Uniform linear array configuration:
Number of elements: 8
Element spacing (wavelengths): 0.5
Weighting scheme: exponential
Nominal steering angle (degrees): -60
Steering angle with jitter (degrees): -60.345
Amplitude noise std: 0.05
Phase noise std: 0.05

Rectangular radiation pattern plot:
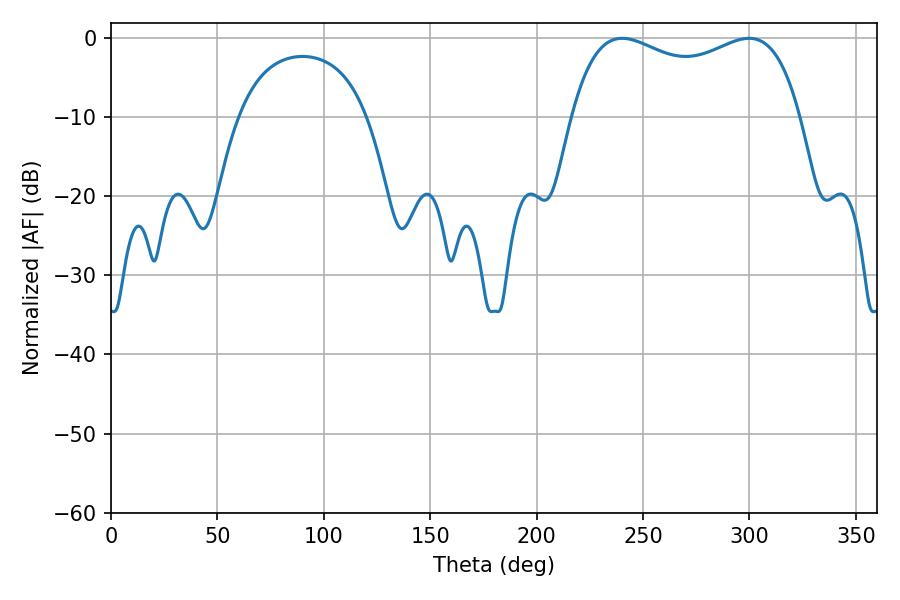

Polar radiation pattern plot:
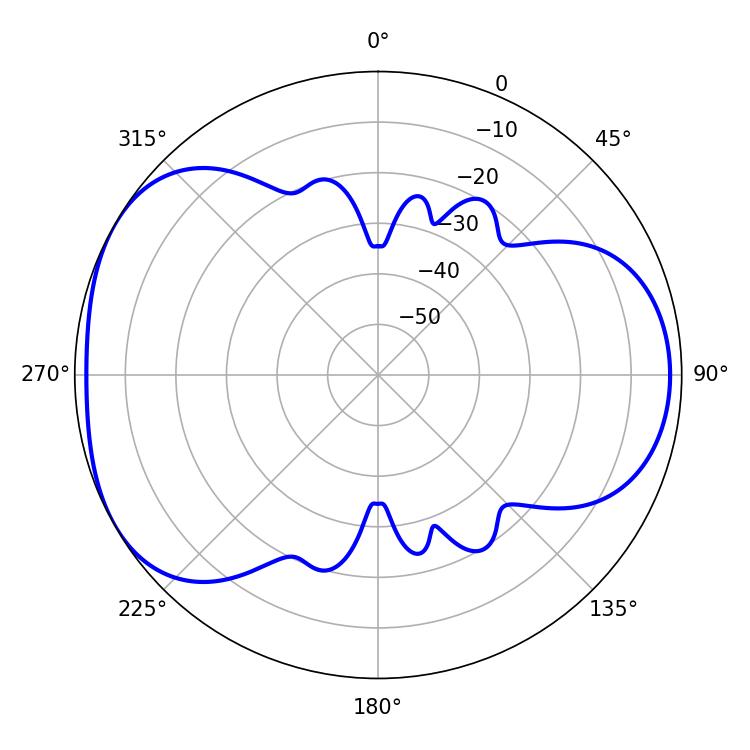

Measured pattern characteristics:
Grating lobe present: FALSE
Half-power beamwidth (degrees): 88.56
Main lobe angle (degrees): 240.12